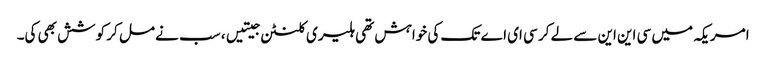
امریکہ میں سی این این سے لے کر سی ای اے تک کی خواہش تھی ہلیری کلنٹن جیتیں، سب نے مل کر کوشش بھی کی۔